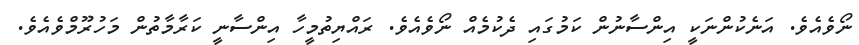
ނޯވެއެވެ. އަނެކުންނަކީ އިންސާނުން ކަމުގައި ދެކުމެއް ނޯވެއެވެ. ރައްޔިތުމީހާ އިންސާނީ ކަރާމާތުން މަހުރޫމްވެއެވެ.